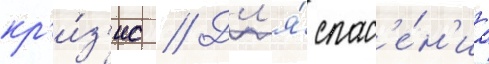
кр'и́з'ис // Дл'я́ спас'е́н'иа